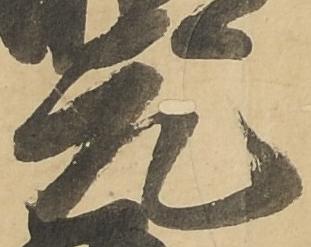
元